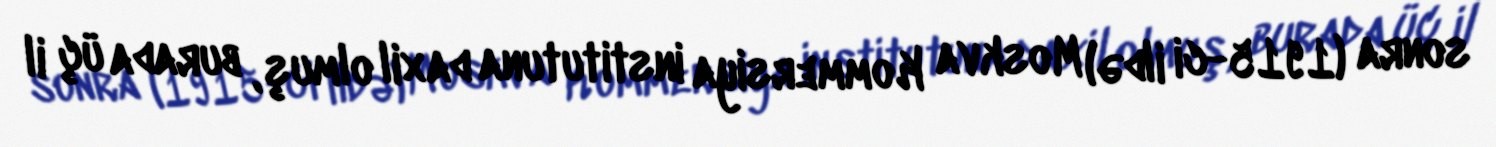
sonra (1915-ci ildə) Moskva Kommersiya institutuna daxil olmuş, burada üç il